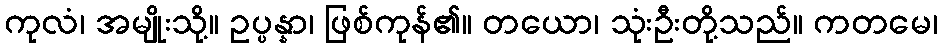
ကုလံ၊ အမျိုးသို့။ ဥပ္ပန္နာ၊ ဖြစ်ကုန်၏။ တယော၊ သုံးဦးတို့သည်။ ကတမေ၊